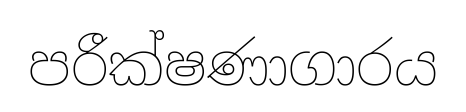
පරීක්ෂණාගාරය